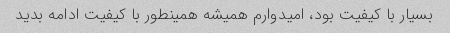
بسیار با کیفیت بود، امیدوارم همیشه همینطور با کیفیت ادامه بدید